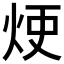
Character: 𤈆